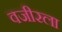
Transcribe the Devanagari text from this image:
वजीरला